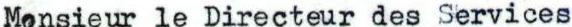
Monsieur le Directeur des Services